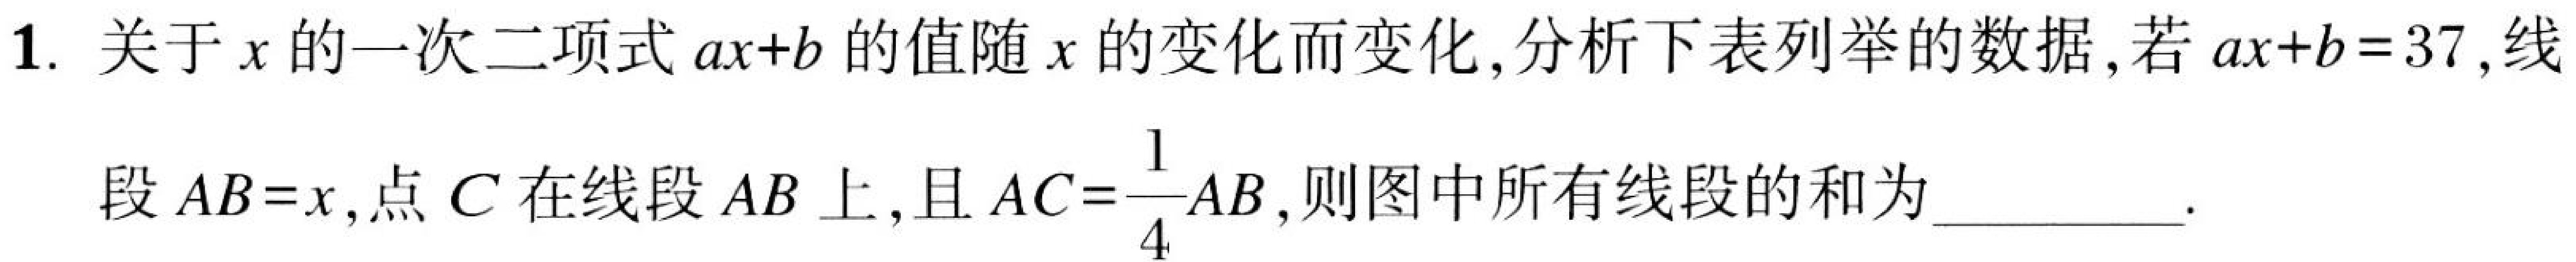
1. 关于\(x\)的一次二项式\(ax + b\)的值随\(x\)的变化而变化,分析下表列举的数据,若\(ax + b = 37\),线
段\(AB = x\),点\(C\)在线段\(AB\)上,且\(AC=\dfrac{1}{4}AB\),则图中所有线段的和为__________.